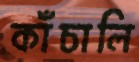
কাঁচালি